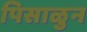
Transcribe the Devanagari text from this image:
पिसाळुन